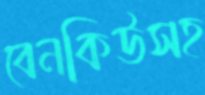
বেনকিউসহ